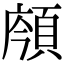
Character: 𩒯